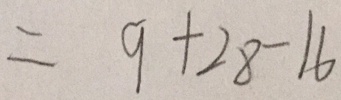
= 9 + 2 8 - 1 6